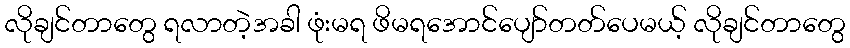
လိုချင်တာတွေ ရလာတဲ့အခါ ဖုံးမရ ဖိမရအောင်ပျော်တတ်ပေမယ့် လိုချင်တာတွေ